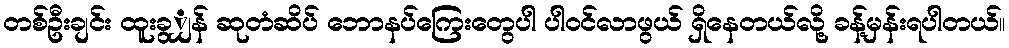
တစ်ဦးချင်း ထူးခွျှန် ဆုတံဆိပ် ဘောနပ်ကြေးတွေပါ ပါဝင်လာဖွယ် ရှိနေတယ်လို့ ခန့်မှန်းရပါတယ်။